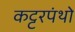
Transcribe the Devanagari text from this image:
कट्टरपंथो